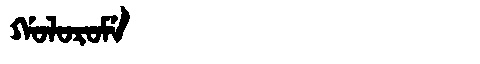
Manchu: ᡤᠣᠯᠣᡵᠣᠮᡝ
Romanization: GOLOROME